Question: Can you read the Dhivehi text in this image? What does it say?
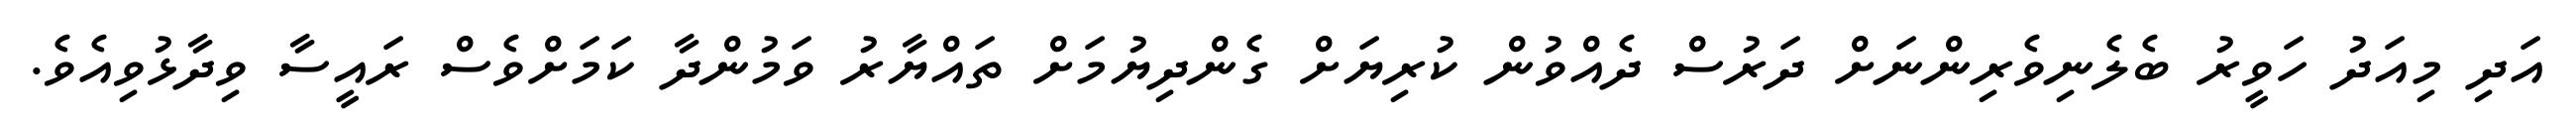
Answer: އަދި މިއަދު ހަވީރު ބެލެނިވެރިންނަށް ދަރުސް ދެއްވުން ކުރިޔަށް ގެންދިޔުމަށް ތައްޔާރު ވަމުންދާ ކަމަށްވެސް ރައީސާ ވިދާޅުވިއެވެ.